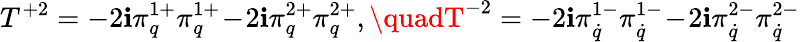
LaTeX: T^{+2}=-2\mathbf{i}\pi_{q}^{1+}\pi_{q}^{1+}\! -\! 2\mathbf{i}\pi_{q}^{2+}\pi_{q}^{2+},\quadT^{-2}=-2\mathbf{i}\pi_{\dot{{q}}}^{1-}\pi_{\dot{{q}}}^{1-}\! -\! 2\mathbf{i}\pi_{\dot{{q}}}^{2-}\pi_{\dot{{q}}}^{2-}